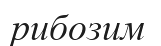
рибозим